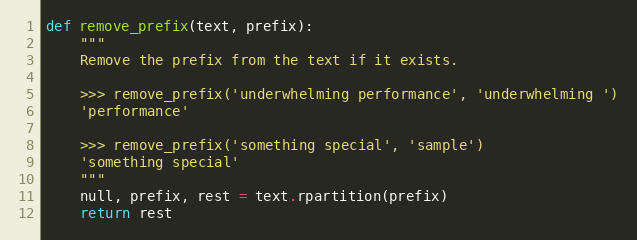
Language: Python
def remove_prefix(text, prefix):
	"""
	Remove the prefix from the text if it exists.

	>>> remove_prefix('underwhelming performance', 'underwhelming ')
	'performance'

	>>> remove_prefix('something special', 'sample')
	'something special'
	"""
	null, prefix, rest = text.rpartition(prefix)
	return rest